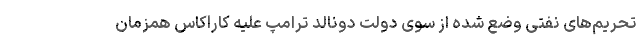
تحریم‌های نفتی وضع شده از سوی دولت دونالد ترامپ علیه کاراکاس همزمان